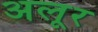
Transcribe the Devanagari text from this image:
अलूर